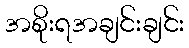
အစိုးရအချင်းချင်း